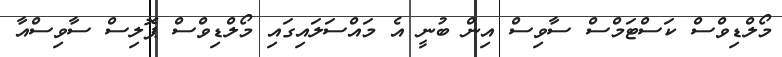
މޯލްޑިވްސް ކަސްޓަމްސް ސާވިސް އިން ބުނީ އެ މައްސަލައިގައި މޯލްޑިވްސް ޕޮލިސް ސާވިސްއާ